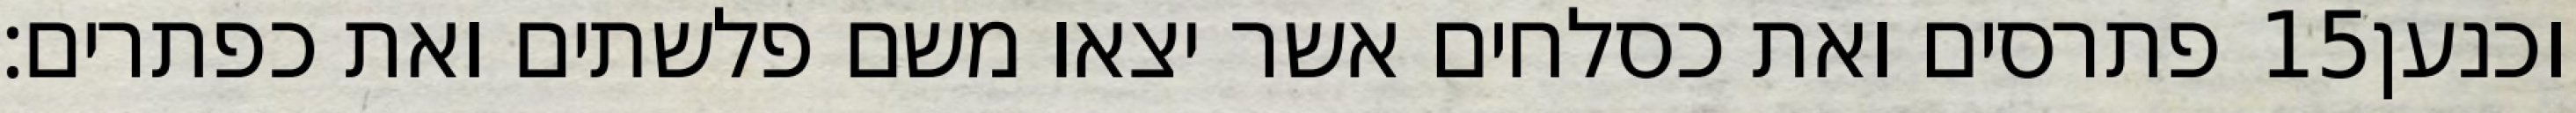
פתרסים ואת כסלחים אשר יצאו משם פלשתים ואת כפתרים׃ ‎15‏ וכנען